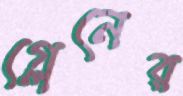
গ্লেনের